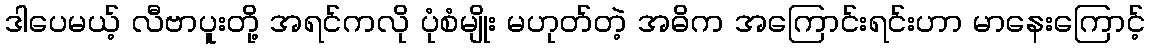
ဒါပေမယ့် လီဗာပူးတို့ အရင်ကလို ပုံစံမျိုး မဟုတ်တဲ့ အဓိက အကြောင်းရင်းဟာ မာနေးကြောင့်